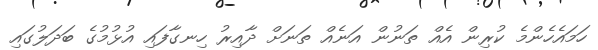
ހަމައެހެންމެ ކުރިން އެއް ތަނުން އަނެއް ތަނަށް ދާއިރު ހިނގާފައި އުޅުމުގެ ބަދަލުގައި